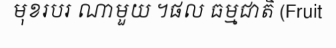
មុខរបរ ណាមួយ ។ផល ធម្មជាតិ (Fruit